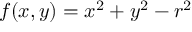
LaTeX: f ( x , y ) = x ^ { 2 } + y ^ { 2 } - r ^ { 2 }